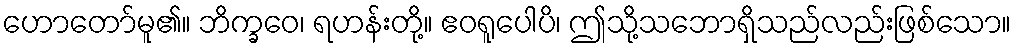
ဟောတော်မူ၏။ ဘိက္ခဝေ၊ ရဟန်းတို့။ ဧဝရူပေါပိ၊ ဤသို့သဘောရှိသည်လည်းဖြစ်သော။